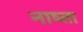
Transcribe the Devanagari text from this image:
नाष्ता